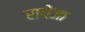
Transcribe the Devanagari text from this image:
राधेजा